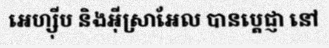
អេហ្ស៊ីប និងអ៊ីស្រាអែល បានប្តេជ្ញា នៅ